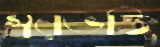
স্বরভক্তি